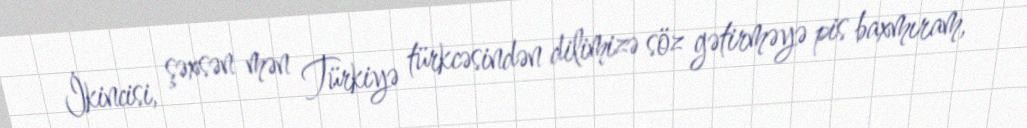
İkincisi, şəxsən mən Türkiyə türkcəsindən dilimizə söz gətirməyə pis baxmıram,